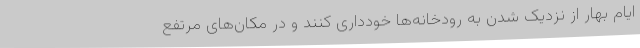
ایام بهار از نزدیک شدن به رودخانه‌ها خودداری کنند و در مکان‌های مرتفع